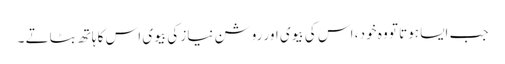
جب ایسا ہوتا تو وہ خود ، اس کی بیوی اور روشن نیاز کی بیوی اس کا ہاتھ بٹاتے ۔